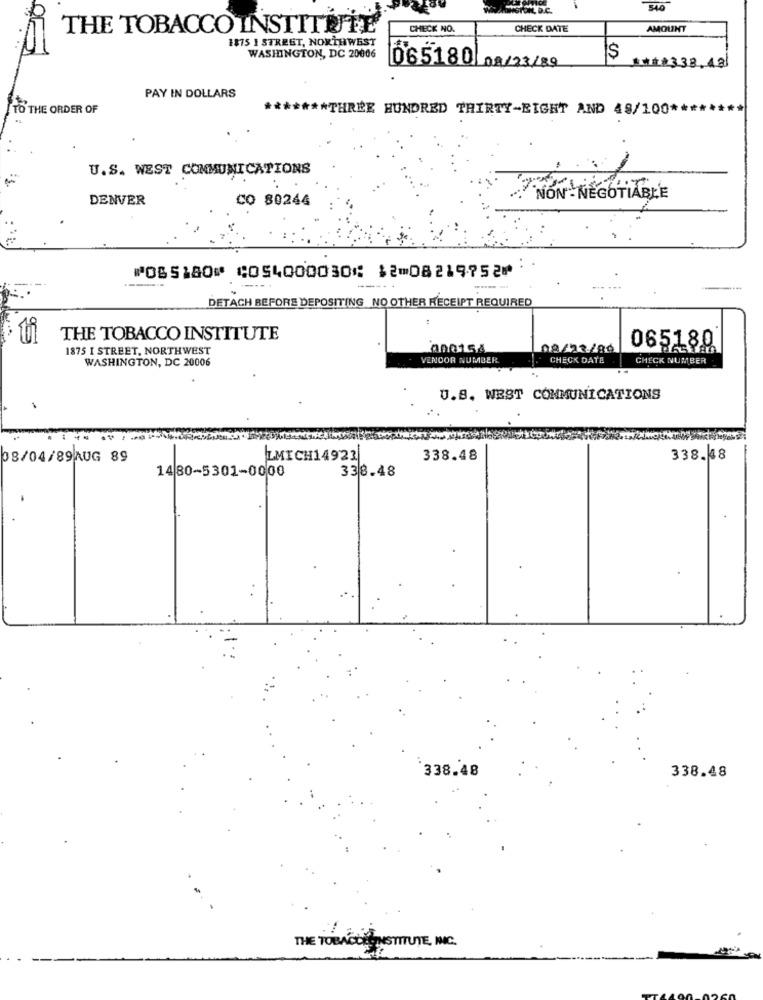
540
THE TOBACCO INSTITIJTE
CHECK NO.
CHECK DATE
AMOUNT
1875 1 STREET, NORTHWEST
WASHINGTON, DC 20006
665180 0A/23/89
####338.48]
PAY IN DOLLARS
TO THE ORDER OF
****** THREE HUNDRED THIRTY-EIGHT AND 48/100 **
U.S. WEST COMMUNICATIONS
DENVER
CO 80244
NON- NEGOTIABLE
⑈065180⑈ ⑆054000030⑆ 12⑉08219752⑈
DETACH BEFORE DEPOSITING NO OTHER RECEIPT REQUIRED
THE TOBACCO INSTITUTE
065180
1875 I STREET, NORTHWEST
000154
08/22/80
WASHINGTON, DC 20006
VENDOR NUMBER.
CHECK DAYA
CHECK NUMBER
U.B. WEST COMMUNICATIONS
08/04/89AUG 89
LMICH14921
338.48
338.48
1480-5301-0000
338.48
338.48
338.48
THE TOBACCESINSTITUTE, INC.